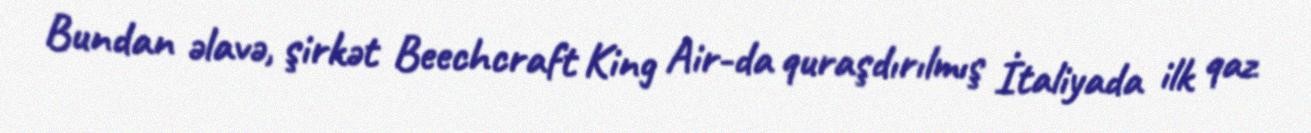
Bundan əlavə, şirkət Beechcraft King Air-da quraşdırılmış İtaliyada ilk qaz